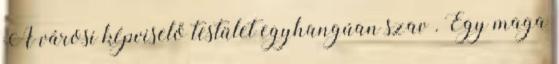
A városi képviselő testület egyhangúan szav . Egy maga